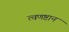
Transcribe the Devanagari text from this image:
त्वणष्टान